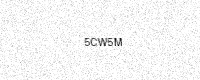
Text: 5CW5M